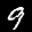
Digit: 9